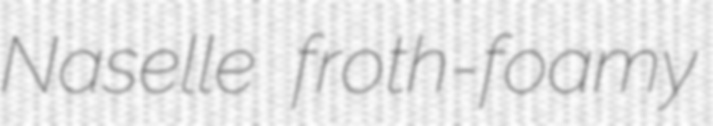
Naselle froth-foamy